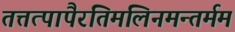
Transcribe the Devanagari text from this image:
तत्तत्पापैरतिमलिनमन्तर्मम